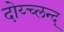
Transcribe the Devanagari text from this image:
दोय्च्लन्द्